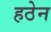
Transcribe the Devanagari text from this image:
हठेन